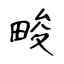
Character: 畯